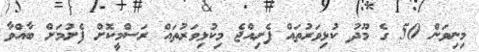
މިނިވަން 50 ގެ މޫދު ކުޅިވަރުތައް ފެށިއްޖެ މިކުޅިވަރުތައް ރަސްމީކޮށް ފެށުމަށް ބާއްވާ